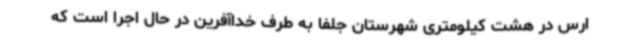
ارس در هشت کیلومتری شهرستان جلفا به طرف خداآفرین در حال اجرا است که